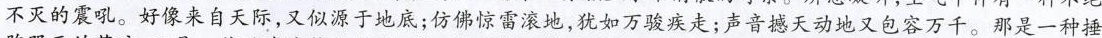
不灭的震吼。好像来自天际，又似源于地底；仿佛惊雷滚地，犹如万骏疾走；声音撼天动地又包容万千。那是一种捶